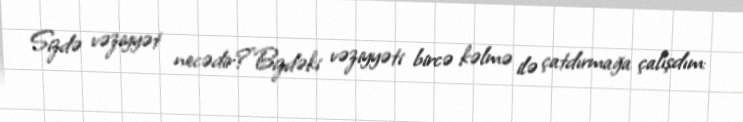
Sizdə vəziyyət necədir?”Bizdəki vəziyyəti bircə kəlmə ilə çatdırmağa çalışdım: